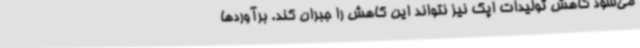
می‌شود کاهش تولیدات اپک نیز نتواند این کاهش را جبران کند. برآوردها